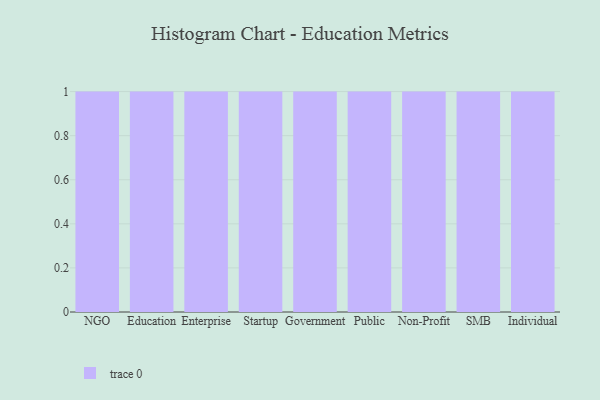
{"axis": {"x": "Segment", "y": "Satisfaction Score"}, "legend": [""], "data": [{"x": "NGO", "y": 23, "type": ""}, {"x": "Education", "y": 89, "type": ""}, {"x": "Enterprise", "y": 75, "type": ""}, {"x": "Startup", "y": 43, "type": ""}, {"x": "Government", "y": 40, "type": ""}, {"x": "Public", "y": 1, "type": ""}, {"x": "Non-Profit", "y": 13, "type": ""}, {"x": "SMB", "y": 45, "type": ""}, {"x": "Individual", "y": 14, "type": ""}]}